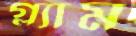
গ্ল্যাম